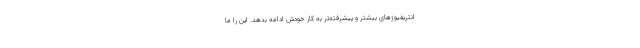
انتریفیوژهای بیشتر و پیشرفته‌تر به کار خودش ادامه بدهد. این را ما